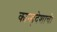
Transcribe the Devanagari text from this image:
कान्हदेशाची